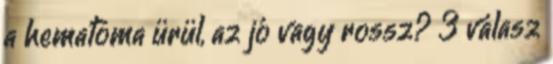
a hematoma ürül, az jó vagy rossz? 3 válasz